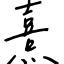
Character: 熹